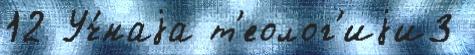
12 Уч́наjа т'еолог'иjи3